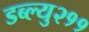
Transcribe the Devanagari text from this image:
डब्ल्यु२११